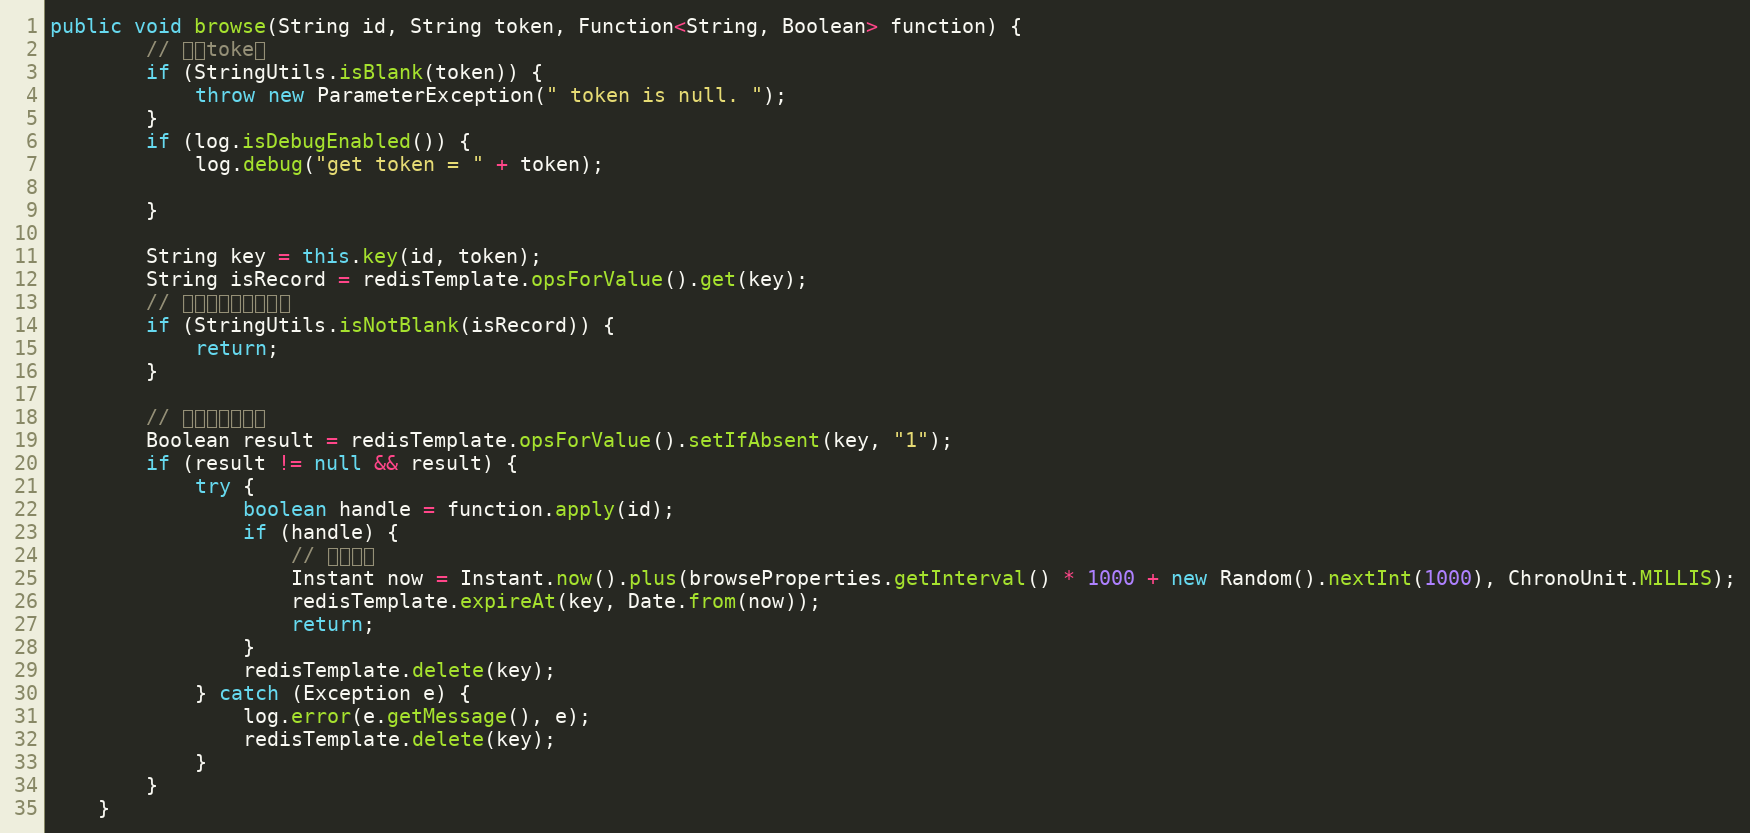
Language: Java
public void browse(String id, String token, Function<String, Boolean> function) {
        // 判断toke值
        if (StringUtils.isBlank(token)) {
            throw new ParameterException(" token is null. ");
        }
        if (log.isDebugEnabled()) {
            log.debug("get token = " + token);

        }

        String key = this.key(id, token);
        String isRecord = redisTemplate.opsForValue().get(key);
        // 如果已经记录，结束
        if (StringUtils.isNotBlank(isRecord)) {
            return;
        }

        // 处理并发的问题
        Boolean result = redisTemplate.opsForValue().setIfAbsent(key, "1");
        if (result != null && result) {
            try {
                boolean handle = function.apply(id);
                if (handle) {
                    // 过期时间
                    Instant now = Instant.now().plus(browseProperties.getInterval() * 1000 + new Random().nextInt(1000), ChronoUnit.MILLIS);
                    redisTemplate.expireAt(key, Date.from(now));
                    return;
                }
                redisTemplate.delete(key);
            } catch (Exception e) {
                log.error(e.getMessage(), e);
                redisTemplate.delete(key);
            }
        }
    }